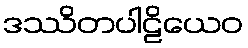
ဒဿိတပါဠိယေဝ